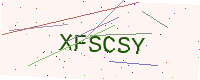
Text: XFSCSY